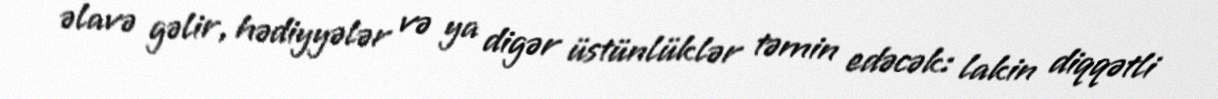
əlavə gəlir, hədiyyələr və ya digər üstünlüklər təmin edəcək: lakin diqqətli